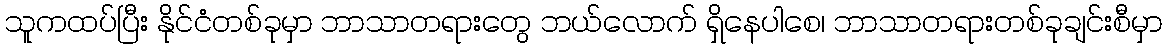
သူကထပ်ပြီး နိုင်ငံတစ်ခုမှာ ဘာသာတရားတွေ ဘယ်လောက် ရှိနေပါစေ၊ ဘာသာတရားတစ်ခုချင်းစီမှာ